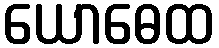
ယောဓေထ